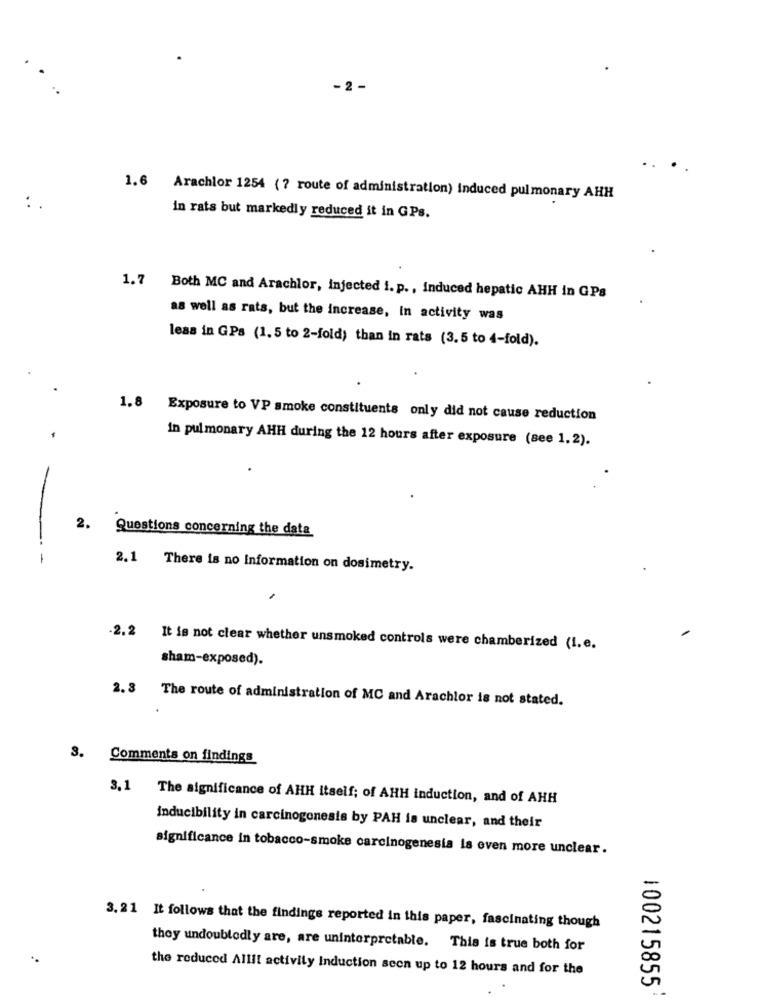
-2 -
.. .
1.6 Arachlor 1254 (? route of administration) induced pulmonary AHH
:.
in rats but markedly reduced it in GPs.
1.7 Both MC and Arachlor, injected i. p ., induced hepatic AHH in GPs
as well as rats, but the increase, in activity was
leas in GPS (1.5 to 2-fold) than in rats (3.5 to 4-fold).
1.8 Exposure to VP smoke constituents only did not cause reduction
in pulmonary AHH during the 12 hours after exposure (see 1.2).
2.
Questions concerning the data
-
2.1
There is no Information on dosimetry.
.2.2
It is not clear whether unsmoked controls were chamberized (I.e.
sham-exposed).
2.3
The route of administration of MC and Arachlor is not stated.
3. Comments on findings
3,1
The significance of AHH itself; of AHH induction, and of AHH
inducibility in carcinogenesis by PAH is unclear, and their
significance in tobacco-smoke carcinogenesis is even more unclear.
3. 21 It follows that the findings reported in this paper, fascinating though
they undoubtedly are, are uninterpretable. This is true both for
the reduced Allll activity induction seen up to 12 hours and for the
100215855